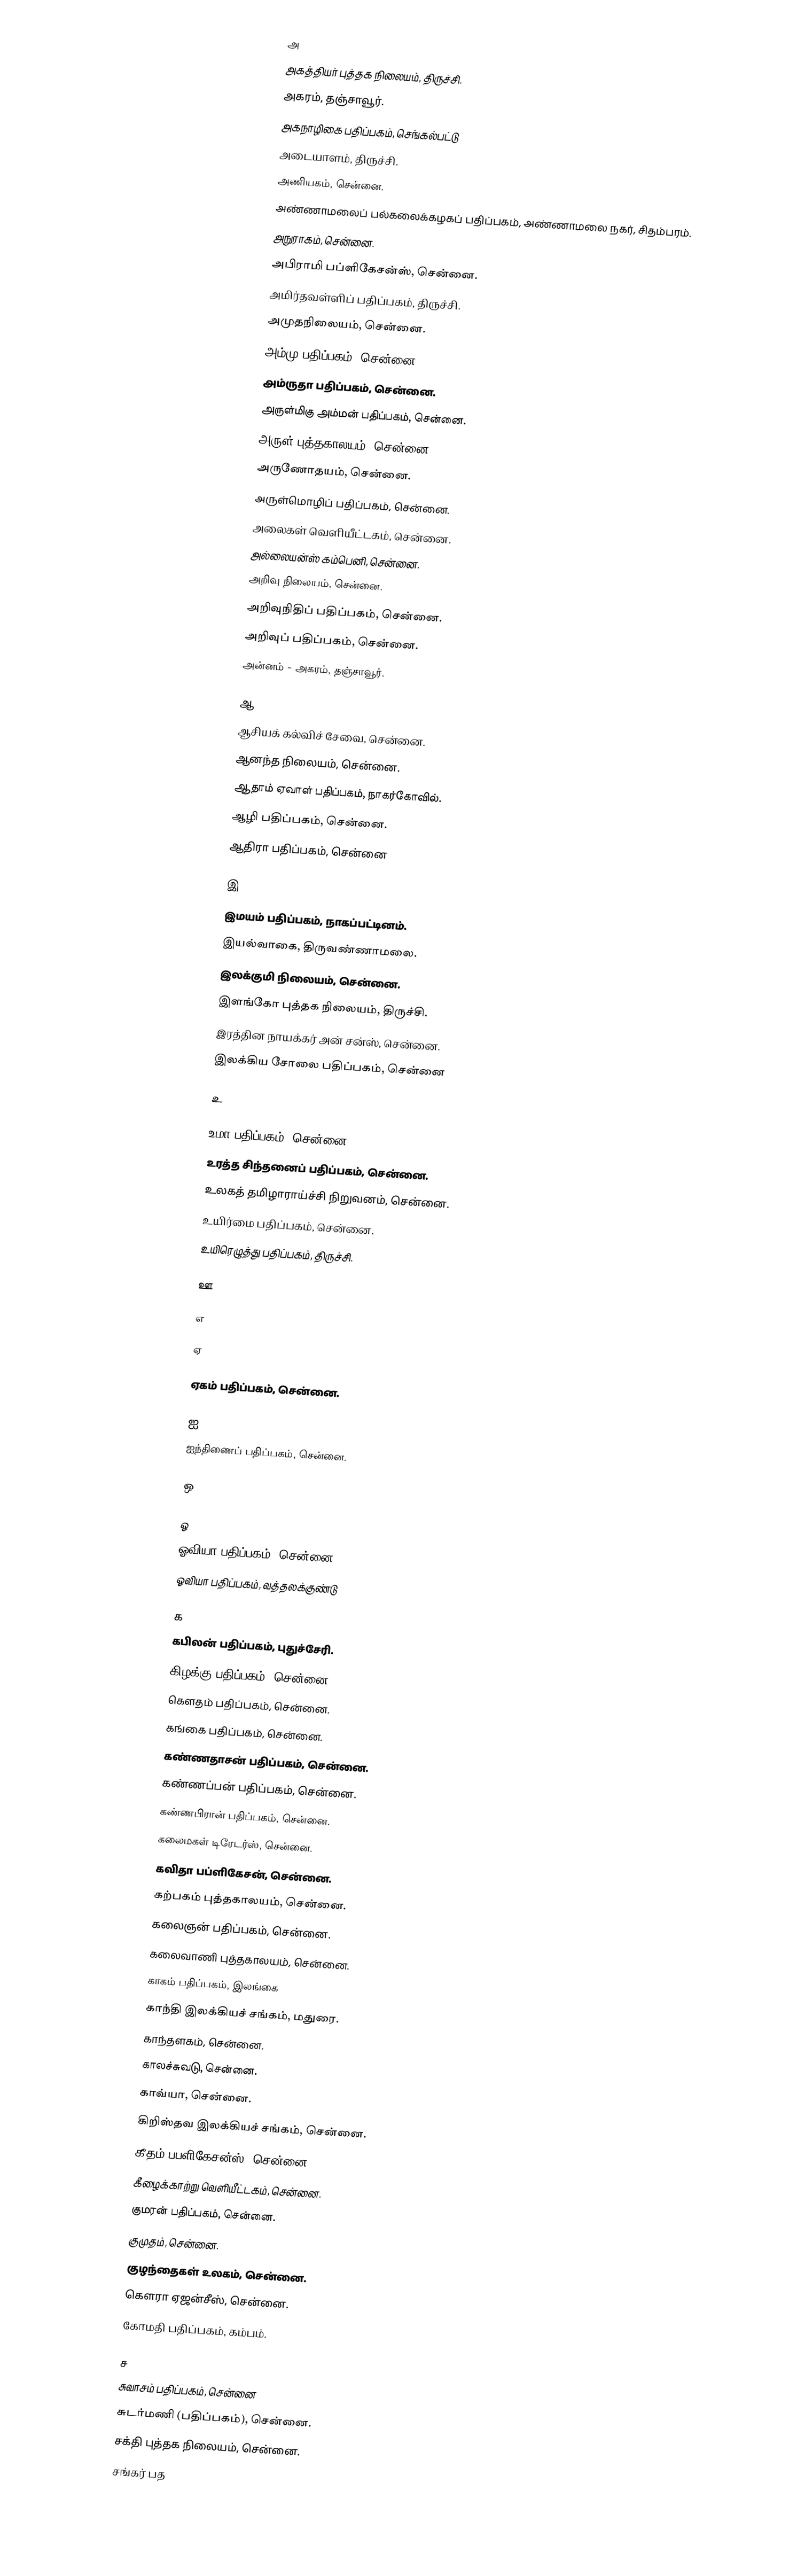

அ
அகத்தியர் புத்தக நிலையம், திருச்சி.
அகரம், தஞ்சாவூர்.
அகநாழிகை பதிப்பகம், செங்கல்பட்டு
அடையாளம், திருச்சி.
அணியகம், சென்னை.
அண்ணாமலைப் பல்கலைக்கழகப் பதிப்பகம், அண்ணாமலை நகர், சிதம்பரம்.
அநுராகம், சென்னை.
அபிராமி பப்ளிகேசன்ஸ், சென்னை.
அமிர்தவள்ளிப் பதிப்பகம், திருச்சி.
அமுதநிலையம், சென்னை.
அம்மு பதிப்பகம், சென்னை.
அம்ருதா பதிப்பகம், சென்னை.
அருள்மிகு அம்மன் பதிப்பகம், சென்னை.
அருள் புத்தகாலயம், சென்னை.
அருணோதயம், சென்னை.
அருள்மொழிப் பதிப்பகம், சென்னை.
அலைகள் வெளியீட்டகம், சென்னை.
அல்லையன்ஸ் கம்பெனி, சென்னை.
அறிவு நிலையம், சென்னை.
அறிவுநிதிப் பதிப்பகம், சென்னை.
அறிவுப் பதிப்பகம், சென்னை.
அன்னம் - அகரம், தஞ்சாவூர்.

ஆ
ஆசியக் கல்விச் சேவை, சென்னை.
ஆனந்த நிலையம், சென்னை.
ஆதாம் ஏவாள் பதிப்பகம், நாகர்கோவில்.
ஆழி பதிப்பகம், சென்னை.
ஆதிரா பதிப்பகம், சென்னை

இ
இமயம் பதிப்பகம், நாகப்பட்டினம்.
இயல்வாகை, திருவண்ணாமலை.
இலக்குமி நிலையம், சென்னை.
இளங்கோ புத்தக நிலையம், திருச்சி.
இரத்தின நாயக்கர் அன் சன்ஸ், சென்னை.
இலக்கிய சோலை பதிப்பகம், சென்னை

உ

உமா பதிப்பகம், சென்னை.
உரத்த சிந்தனைப் பதிப்பகம், சென்னை.
உலகத் தமிழாராய்ச்சி நிறுவனம், சென்னை.
உயிர்மை பதிப்பகம், சென்னை.
உயிரெழுத்து பதிப்பகம், திருச்சி.

ஊ

எ

ஏ

ஏகம் பதிப்பகம், சென்னை.

ஐ
ஐந்திணைப் பதிப்பகம், சென்னை.

ஒ

ஓ
ஓவியா பதிப்பகம், சென்னை.
ஓவியா பதிப்பகம், வத்தலக்குண்டு

க
கபிலன் பதிப்பகம், புதுச்சேரி.
கிழக்கு பதிப்பகம், சென்னை.
கௌதம் பதிப்பகம், சென்னை.
 கங்கை பதிப்பகம், சென்னை.
 கண்ணதாசன் பதிப்பகம், சென்னை.
கண்ணப்பன் பதிப்பகம், சென்னை.
கண்ணபிரான் பதிப்பகம், சென்னை.
கலைமகள் டிரேடர்ஸ், சென்னை.
கவிதா பப்ளிகேசன், சென்னை.
கற்பகம் புத்தகாலயம், சென்னை.
கலைஞன் பதிப்பகம், சென்னை.
கலைவாணி புத்தகாலயம், சென்னை.
காகம் பதிப்பகம், இலங்கை
காந்தி இலக்கியச் சங்கம், மதுரை.
காந்தளகம், சென்னை.
காலச்சுவடு, சென்னை.
காவ்யா, சென்னை.
கிறிஸ்தவ இலக்கியச் சங்கம், சென்னை.
கீதம் பபளிகேசன்ஸ், சென்னை.
கீழைக்காற்று வெளியீட்டகம், சென்னை.
குமரன் பதிப்பகம், சென்னை.
குமுதம், சென்னை.
குழந்தைகள் உலகம், சென்னை.
கௌரா ஏஜன்சீஸ், சென்னை.
 கோமதி பதிப்பகம், கம்பம்.

ச
சுவாசம் பதிப்பகம், சென்னை
சுடர்மணி (பதிப்பகம்), சென்னை.
சக்தி புத்தக நிலையம், சென்னை.
சங்கர் பத